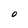
Character: O